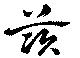
茨